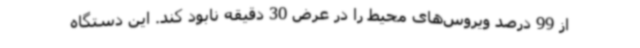
از 99 درصد ویروس‌های محیط را در عرض 30 دقیقه نابود کند. این دستگاه